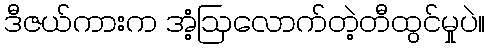
ဒီဇယ်ကားက အံ့ဩလောက်တဲ့တီထွင်မှုပဲ။